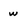
Character: w